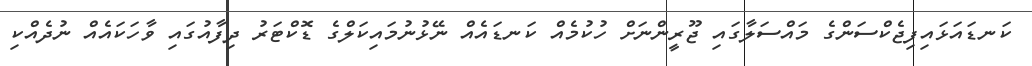
ކަނޑައަޅައިފިޖެކްސަންގެ މައްސަލާގައި ޖޫރީންނަށް ހުކުމެއް ކަނޑައެއް ނޭޅުނުމައިކަލްގެ ޑޮކްޓަރު ދިފާއުގައި ވާހަކައެއް ނުދެއްކި